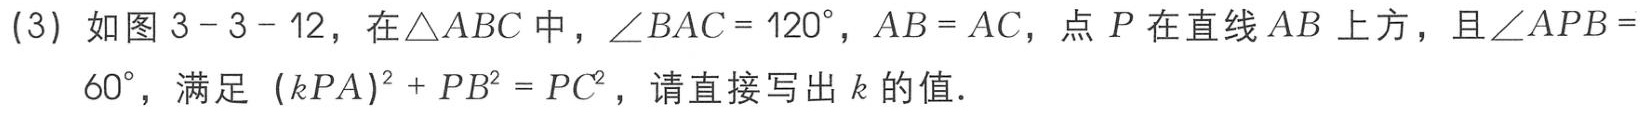
(3) 如图 3 - 3 - 12，在$\triangle ABC$中，$\angle BAC = 120^{\circ}$，$AB = AC$，点$P$在直线$AB$上方，且$\angle APB = 60^{\circ}$，满足$(kPA)^{2}+PB^{2}=PC^{2}$，请直接写出$k$的值.